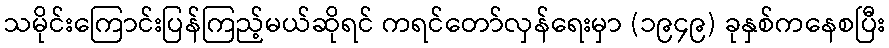
သမိုင်းကြောင်းပြန်ကြည့်မယ်ဆိုရင် ကရင်တော်လှန်ရေးမှာ (၁၉၄၉) ခုနှစ်ကနေစပြီး